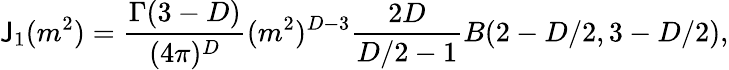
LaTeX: \mathsf{J}_{1}(m^{2})=\frac{{\Gamma(3-D)}}{{(4\pi)^{D}}}(m^{2})^{D-3}\frac{{2D}}{{D/2-1}}B(2-D/2,3-D/2),